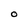
Character: O